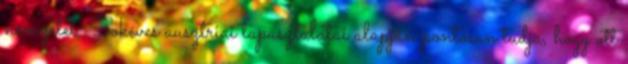
nemzetet. Sokéves ausztriai tapasztalatai alapján pontosan tudja, hogy ott